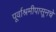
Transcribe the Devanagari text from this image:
पूर्वाश्रमीपासूनचे